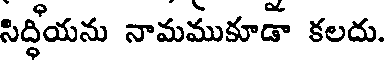
సిద్ధీయను నామముకూడా కలదు.